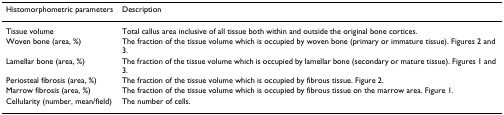
<table><thead><tr><td><b>Histomorphometric parameters</b></td><td><b>Description</b></td></tr></thead><tbody><tr><td>Tissue volume</td><td>Total callus area inclusive of all tissue both within and outside the original bone cortices.</td></tr><tr><td>Woven bone (area, %)</td><td>The fraction of the tissue volume which is occupied by woven bone (primary or immature tissue). Figures 2 and 3.</td></tr><tr><td>Lamellar bone (area, %)</td><td>The fraction of the tissue volume which is occupied by lamellar bone (secondary or mature tissue). Figures 1 and 3.</td></tr><tr><td>Periosteal fibrosis (area, %)</td><td>The fraction of the tissue volume which is occupied by fibrous tissue. Figure 2.</td></tr><tr><td>Marrow fibrosis (area, %)</td><td>The fraction of the tissue volume which is occupied by fibrous tissue on the marrow area. Figure 1.</td></tr><tr><td>Cellularity (number, mean/field)</td><td>The number of cells.</td></tr></tbody></table>